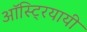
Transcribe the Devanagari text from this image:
ऑस्ट्रियायी